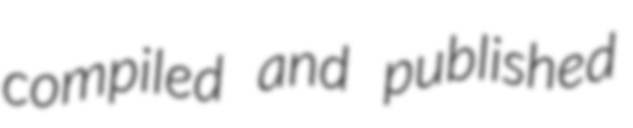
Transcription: compiled and published